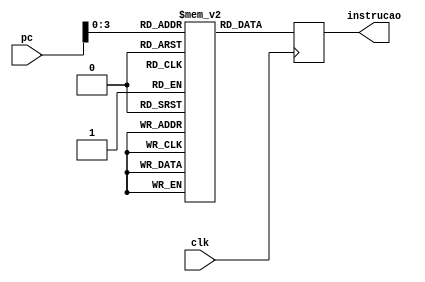
module leitor_instrucao (pc, clk, instrucao);

input [31:0] pc;
input wire clk;
output reg [31:0] instrucao;

reg [31:0] Memoria [10:0];

initial begin
    Memoria[0] = 32'b00000000011000010001000000100000;    //add R3, R1, R2    6+1=7
    Memoria[1] = 32'b00000010011100100011000000100010;	 //sub R19, R18, R6   6-3=3
    Memoria[2] = 32'b10101101000100010000000001100100;	 //sw R17  100(R8)    100+5=105
    Memoria[3] = 32'b00000000111010000100100000100101;  //or R7, R8, R9       R9 = R7 | R8
    Memoria[4] = 32'b00000000111010000100100000100100;  //and R7, R8, R9      R9 = R7 & R8
    Memoria[5] = 32'b00010000001000100000000000001010;	// beq R1, r2, 10

end

always @ ( posedge clk ) begin
    instrucao = Memoria[pc];
end

endmodule //leitor_instrucao